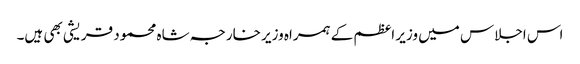
اس اجلاس میں وزیر اعظم کے ہمراہ وزیر خارجہ شاہ محمود قریشی بھی ہیں۔